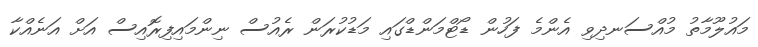
މައުލޫމާތު މުއްސަނދިވި އެންމެ ފަހުން ޑޯޓްމަންޑްގައި މަޑުކުރަން ރެއުސް ނިންމައިފިރޮއިސް އަށް އަނެއްކާ